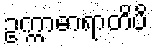
ဥက္ကာဓာရာတိပိ